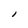
Character: I